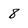
Character: 8